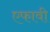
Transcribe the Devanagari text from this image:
एफावी